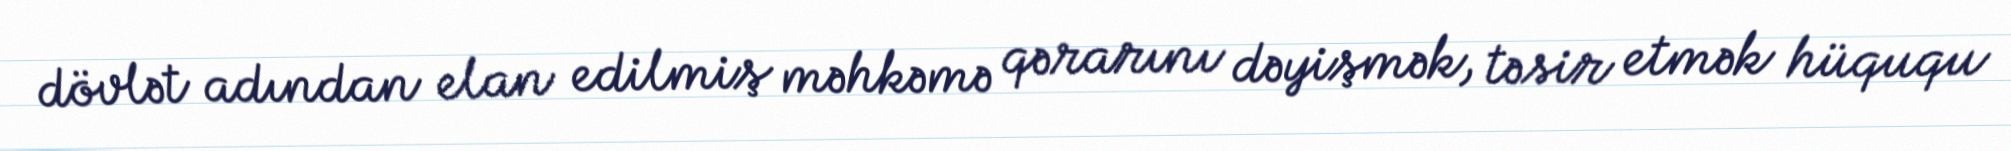
dövlət adından elan edilmiş məhkəmə qərarını dəyişmək, təsir etmək hüququ